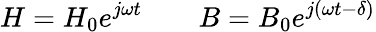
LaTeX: H=H_{0}e^{j\omega t}\qquad B=B_{0}e^{j\left(\omega t-\delta\right)}